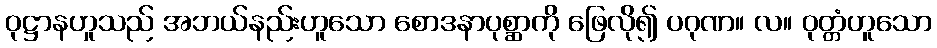
ဝုဋ္ဌာနဟူသည် အဘယ်နည်းဟူသော စောဒနာပုစ္ဆာကို ဖြေလို၍ ပဂုဏ။ လ။ ဝုတ္တံဟူသော